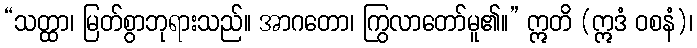
“သတ္ထာ၊ မြတ်စွာဘုရားသည်။ အာဂတော၊ ကြွလာတော်မူ၏။” ဣတိ (ဣဒံ ဝစနံ)၊